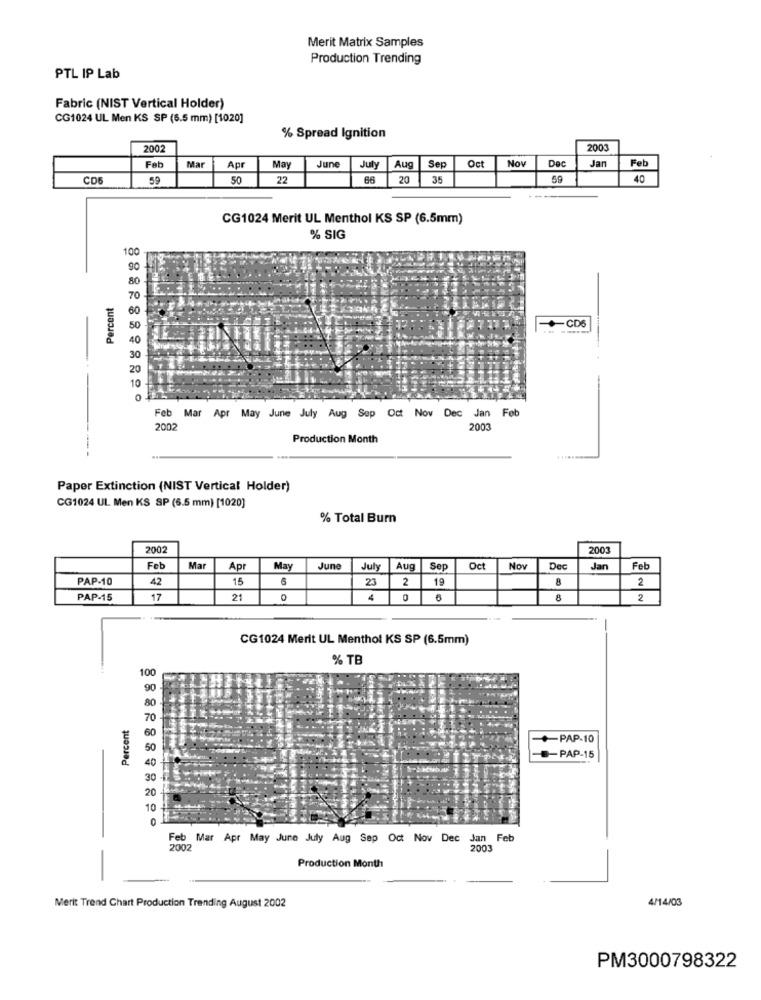
Merit Matrix Samples
Production Trending
PTL IP Lab
Fabric (NIST Vertical Holder)
CG1024 UL Men KS SP (6.5 mm) [1020]
% Spread Ignition
2002
2003
Sep
Oct
Nov
Dec
Jan
Feb
Fab
Mar
Apr
May
June
July
Aug
CD6
59
50
22
66
20
35
40
CG1024 Merit UL Menthol KS SP (6.5mm)
% SIG
100
90
Percent
-CDS
-----
Feb
Feb Mar Apr May June July Aug Sep Oct Nov Dec Jan
200
2003
Production Month
---
......
Paper Extinction (NIST Vertical Holder)
CG1024 UL Men KS SP (6.5 mm) [1020]
% Total Burn
2002
2003
Feb
Mar
Apr
May
June
July
Aug
Sep
Oct
Nov
Dec
Jan
Feb
PAP-10
42
15
6
23
2
19
2
PAP-15
17
21
0
4
0
8
2
CG1024 Merit UL Menthol KS SP (6.5mm)
% TB
100
Percent
+PAP-10
-PAP-15
b Mar Apr May June July Aug Sep Oct Nov Dec Jan Feb
2002
2003
-
Production Month
4/14/03
Merit Trend Chart Production Trending August 2002
PM3000798322